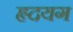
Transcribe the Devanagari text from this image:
हृदयग